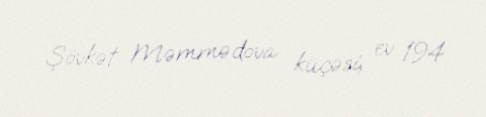
Şövkət Məmmədova küçəsi, ev 194